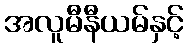
အလူမီနီယမ်နှင့်